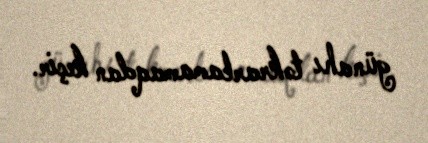
günahı təkrarlamamaqdan keçir.